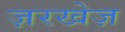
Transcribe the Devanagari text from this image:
ज़रखेज़